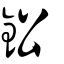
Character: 鉛